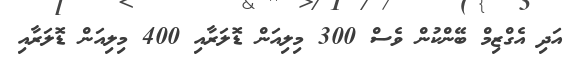
އަދި އެގްޒިމް ބޭންކުން ވެސް 300 މިލިއަން ޑޮލަރާއި 400 މިލިއަން ޑޮލަރާއި